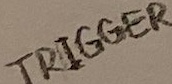
Text: TRIGGER